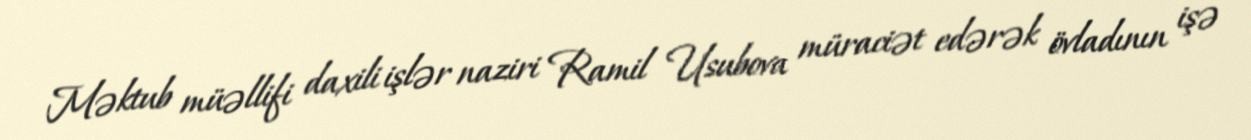
Məktub müəllifi daxili işlər naziri Ramil Usubova müraciət edərək övladının işə